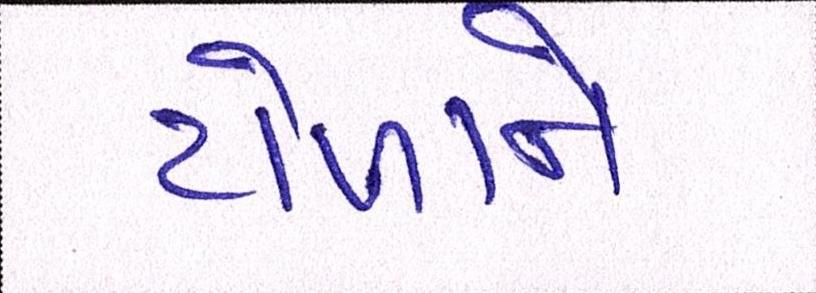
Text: ટોળાને